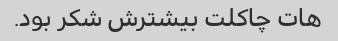
هات چاکلت بیشترش شکر بود.